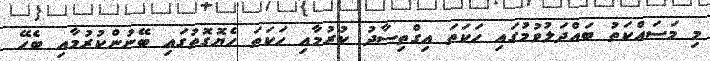
މި މަސައްކަތު ބައްދަލުވުމުގައި ހަކަތަ އިގްތިސާދު ކުރުމާއި ހަކަތަ ހެޔޮގޮތުގައި ބޭނުންކުރުމާއި ބެހޭ